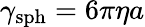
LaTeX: \gamma_{\mathrm{sph}}=6\pi\eta a